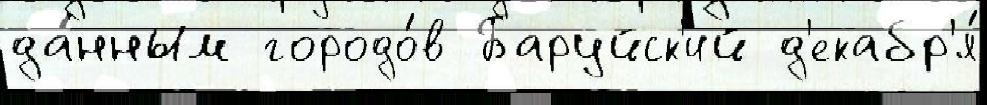
да́нным городо́в Баруйск'ий д'екабр'я́